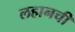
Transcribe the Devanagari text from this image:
लहानची